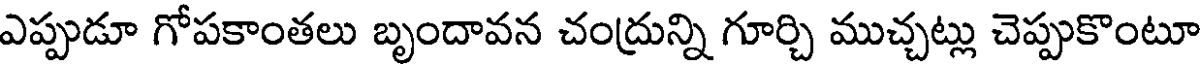
ఎప్పుడూ గోపకాంతలు బృందావన చంద్రున్ని గూర్చి ముచ్చట్లు చెప్పుకొంటూ